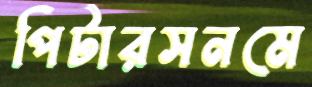
পিটারসনমে